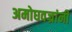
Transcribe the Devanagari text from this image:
अमोघवज्रांनी